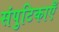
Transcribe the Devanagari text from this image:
संपुटिकाएँ